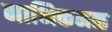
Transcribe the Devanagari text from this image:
नाभिकमळ